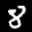
Label: 8